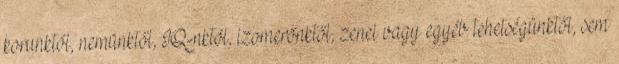
korunktól, nemünktől, IQ-nktól, izomerőnktől, zenei vagy egyéb tehetségünktől, sem